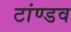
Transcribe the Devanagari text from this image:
टांण्डव